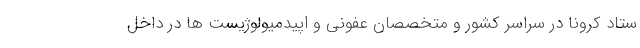
ستاد کرونا در سراسر کشور و متخصصان عفونی و اپیدمیولوژیست ها در داخل